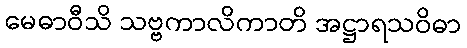
မေဓာဝီသိ သဗ္ဗကာလိကာတိ အဋ္ဌာရသဝိဓာ